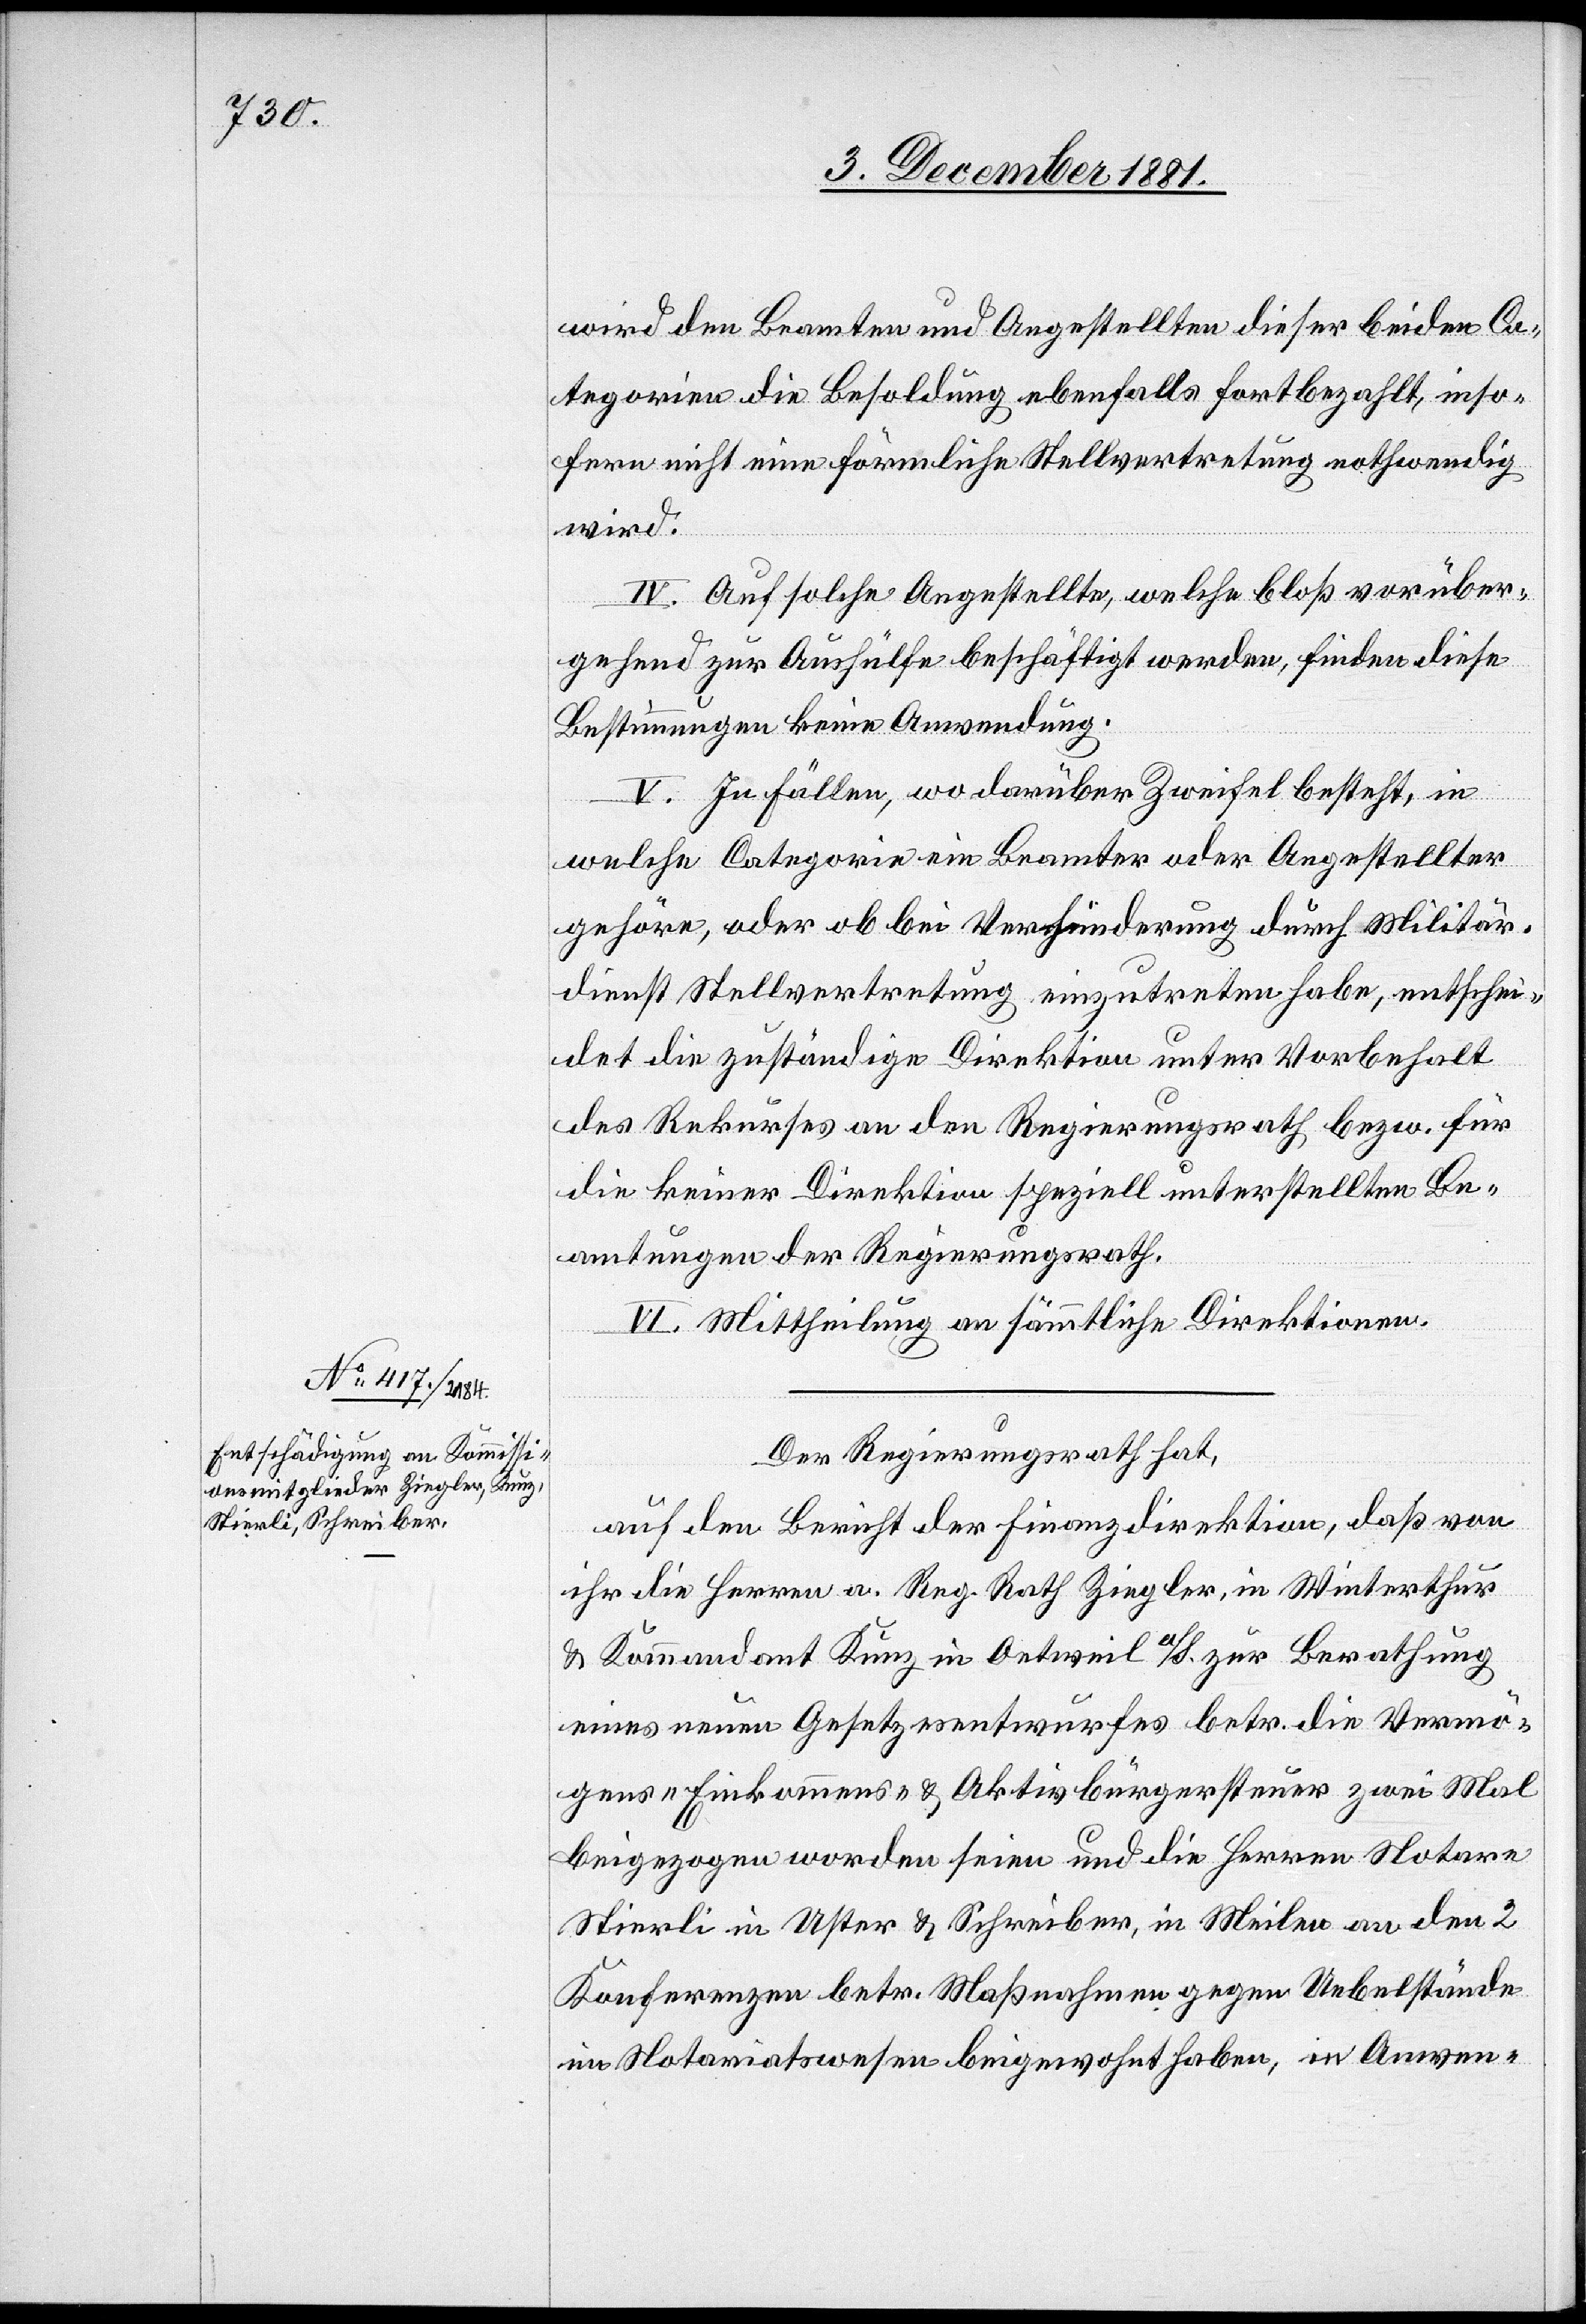
wird den Beamten und Angestellten dieser beiden Ca¬
tegorien die Besoldung ebenfalls fortbezahlt, inso¬
fern nicht eine förmliche Stellvertretung nothwendig
wird.
IV. Auf solche Angestellte, welche bloß vorüber¬
gehend zur Aushülfe beschäftigt werden, finden diese
Bestimmungen keine Anwendung.
V. In Fällen, wo darüber Zweifel besteht, in
welche Categorie ein Beamter oder Angestellter
gehöre, oder ob bei Verhinderung durch Militär¬
dienst Stellvertretung einzutreten habe, entschei¬
det die zuständige Direktion unter Vorbehalt
des Rekurses an den Regierungsrath bezw. für
die keiner Direktion speziell unterstellten Be¬
amtungen der Regierungsrath.
VI. Mittheilung an sämmtliche Direktionen.
Der Regierungsrath hat,
auf den Bericht der Finanzdirektion, daß von
ihr die Herren a. Reg. Rath Ziegler, in Winterthur
& Kommandant Kunz in Oetweil a/S. zur Berathung
eines neuen Gesetzesentwurfes betr. die Vermö¬
gens-[,] Einkommens-[,] & Aktivbürgersteuer zwei Mal
beigezogen worden seien und die Herren Notare
Stierli in Uster & Schreiber, in Meilen an den 2
Konferenzen betr. Maßnahmen gegen Uebelstände
im Notariatswesen beigewohnt haben, in Anwen-